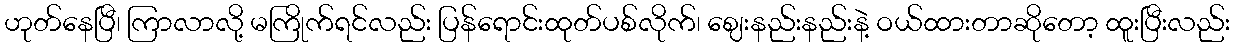
ဟုတ်နေပြီ၊ ကြာလာလို့ မကြိုက်ရင်လည်း ပြန်ရောင်းထုတ်ပစ်လိုက်၊ ဈေးနည်းနည်းနဲ့ ဝယ်ထားတာဆိုတော့ ထူးပြီးလည်း